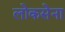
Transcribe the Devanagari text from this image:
लोकसेना